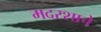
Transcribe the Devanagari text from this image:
मदरशाचे